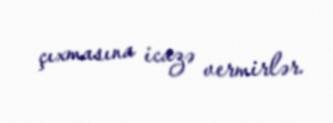
çıxmasına icazə vermirlər.